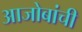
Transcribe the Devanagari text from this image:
आजोबांची